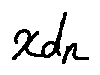
x d _ { n }